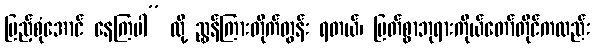
ပြည့်စုံအောင် နေကြပါ” လို့ ညွှန်ကြားတိုက်တွန်း ရတယ်၊ မြတ်စွာဘုရားကိုယ်တော်တိုင်ကလည်း